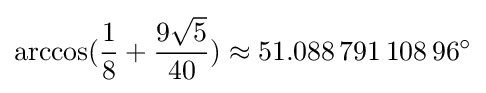
\arccos({\frac {1}{8}}+{\frac {9{\sqrt {5}}}{40}})\approx 51.088\,791\,108\,96^{\circ }